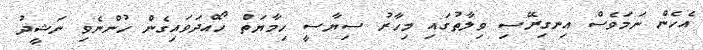
އެހެން ނަމަވެސް އިނގިރޭސި ވިލާތުގައި މިހާރު ސިޔާސީ ހިމާޔަތް ހޯއްދަވައިގެން ހުންނެވި ނަޝީދު